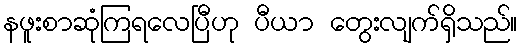
နဖူးစာဆုံကြရလေပြီဟု ပီယာ တွေးလျက်ရှိသည်။